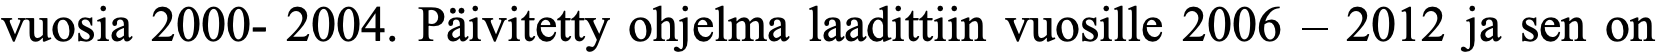
vuosia 2000- 2004. Päivitetty ohjelma laadittiin vuosille 2006 – 2012 ja sen on